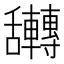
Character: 𮎀